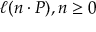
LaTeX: \ell ( n \cdot P ) , n \geq 0